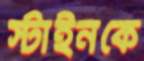
স্টাইনকে